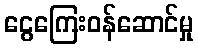
ငွေကြေးဝန်ဆောင်မှု